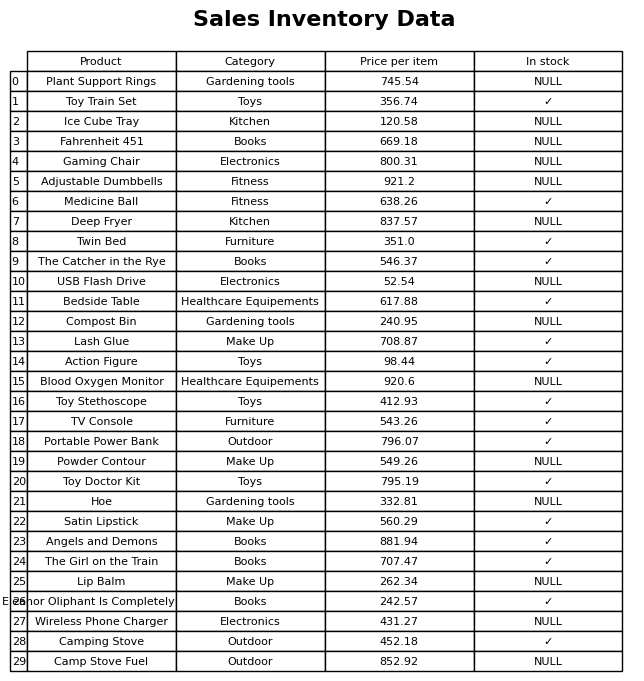
question: Is the Camping Stove in stock?
answer: ✓